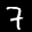
Label: 7